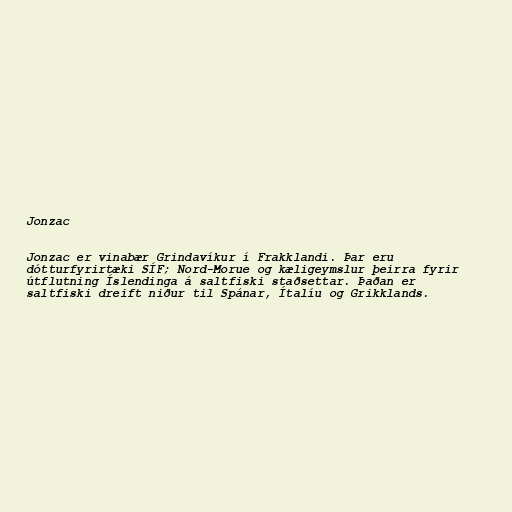
Jonzac

Jonzac er vinabær Grindavíkur í Frakklandi. Þar eru
dótturfyrirtæki SÍF; Nord-Morue og kæligeymslur þeirra fyrir
útflutning Íslendinga á saltfiski staðsettar. Þaðan er
saltfiski dreift niður til Spánar, Ítalíu og Grikklands.